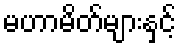
မဟာမိတ်များနှင့်